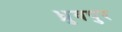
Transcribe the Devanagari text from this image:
ध्रुवपुर